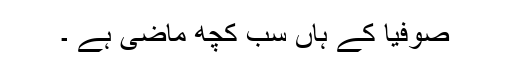
صوفیا کے ہاں سب کچھ ماضی ہے ۔